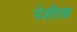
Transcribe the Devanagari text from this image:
पेशीतन्त्र